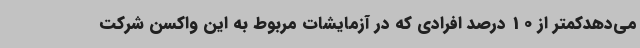
می‌دهدکمتر از 10 درصد افرادی که در آزمایشات مربوط به این واکسن شرکت